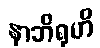
နာဘိရုဟိ